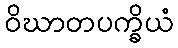
ဝိဃာတပက္ခိယံ